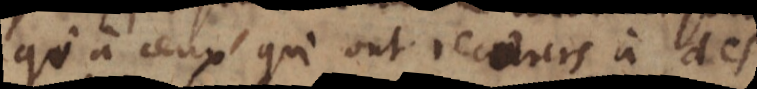
qu’à ceux qui ont recours à de